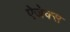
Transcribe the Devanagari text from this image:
ऐजेक्स